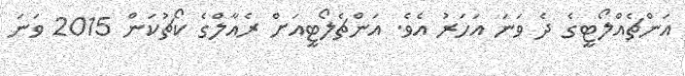
އަންޗެއްލޯޓީގެ ދެ ވަނަ އަހަރު އެވެ. އަންޗެލޯޓީއަށް ރެއާލްގެ ކޯޗުކަން 2015 ވަނަ